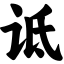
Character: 诋